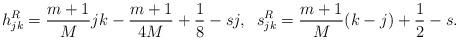
LaTeX: \begin{align*}h^{R}_{jk} = \frac{m+1}{M}jk - \frac{m+1}{4M}+\frac{1}{8}-sj,\;\;s^{R}_{jk} = \frac{m+1}{M} (k-j) + \frac{1}{2}-s.\end{align*}